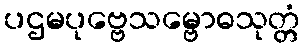
ပဌမပုဗ္ဗေသမ္ဗောဓသုတ္တံ